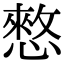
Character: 憗